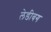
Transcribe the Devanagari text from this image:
लेडीबग